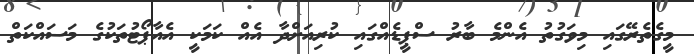
މީގެތެރޭގައި މިވަގުތު އެންމެ ބާރު ސްޕީޑެއްގައި ކުރިއަށްދާ އެއް ކަމަކީ އެއާޕޯޓުތަކުގެ މަސައްކަތް